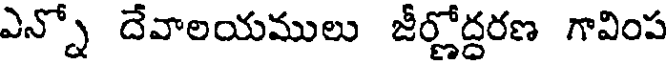
ఎన్నో దేవాలయములు జీర్ణోద్దరణ గావింప